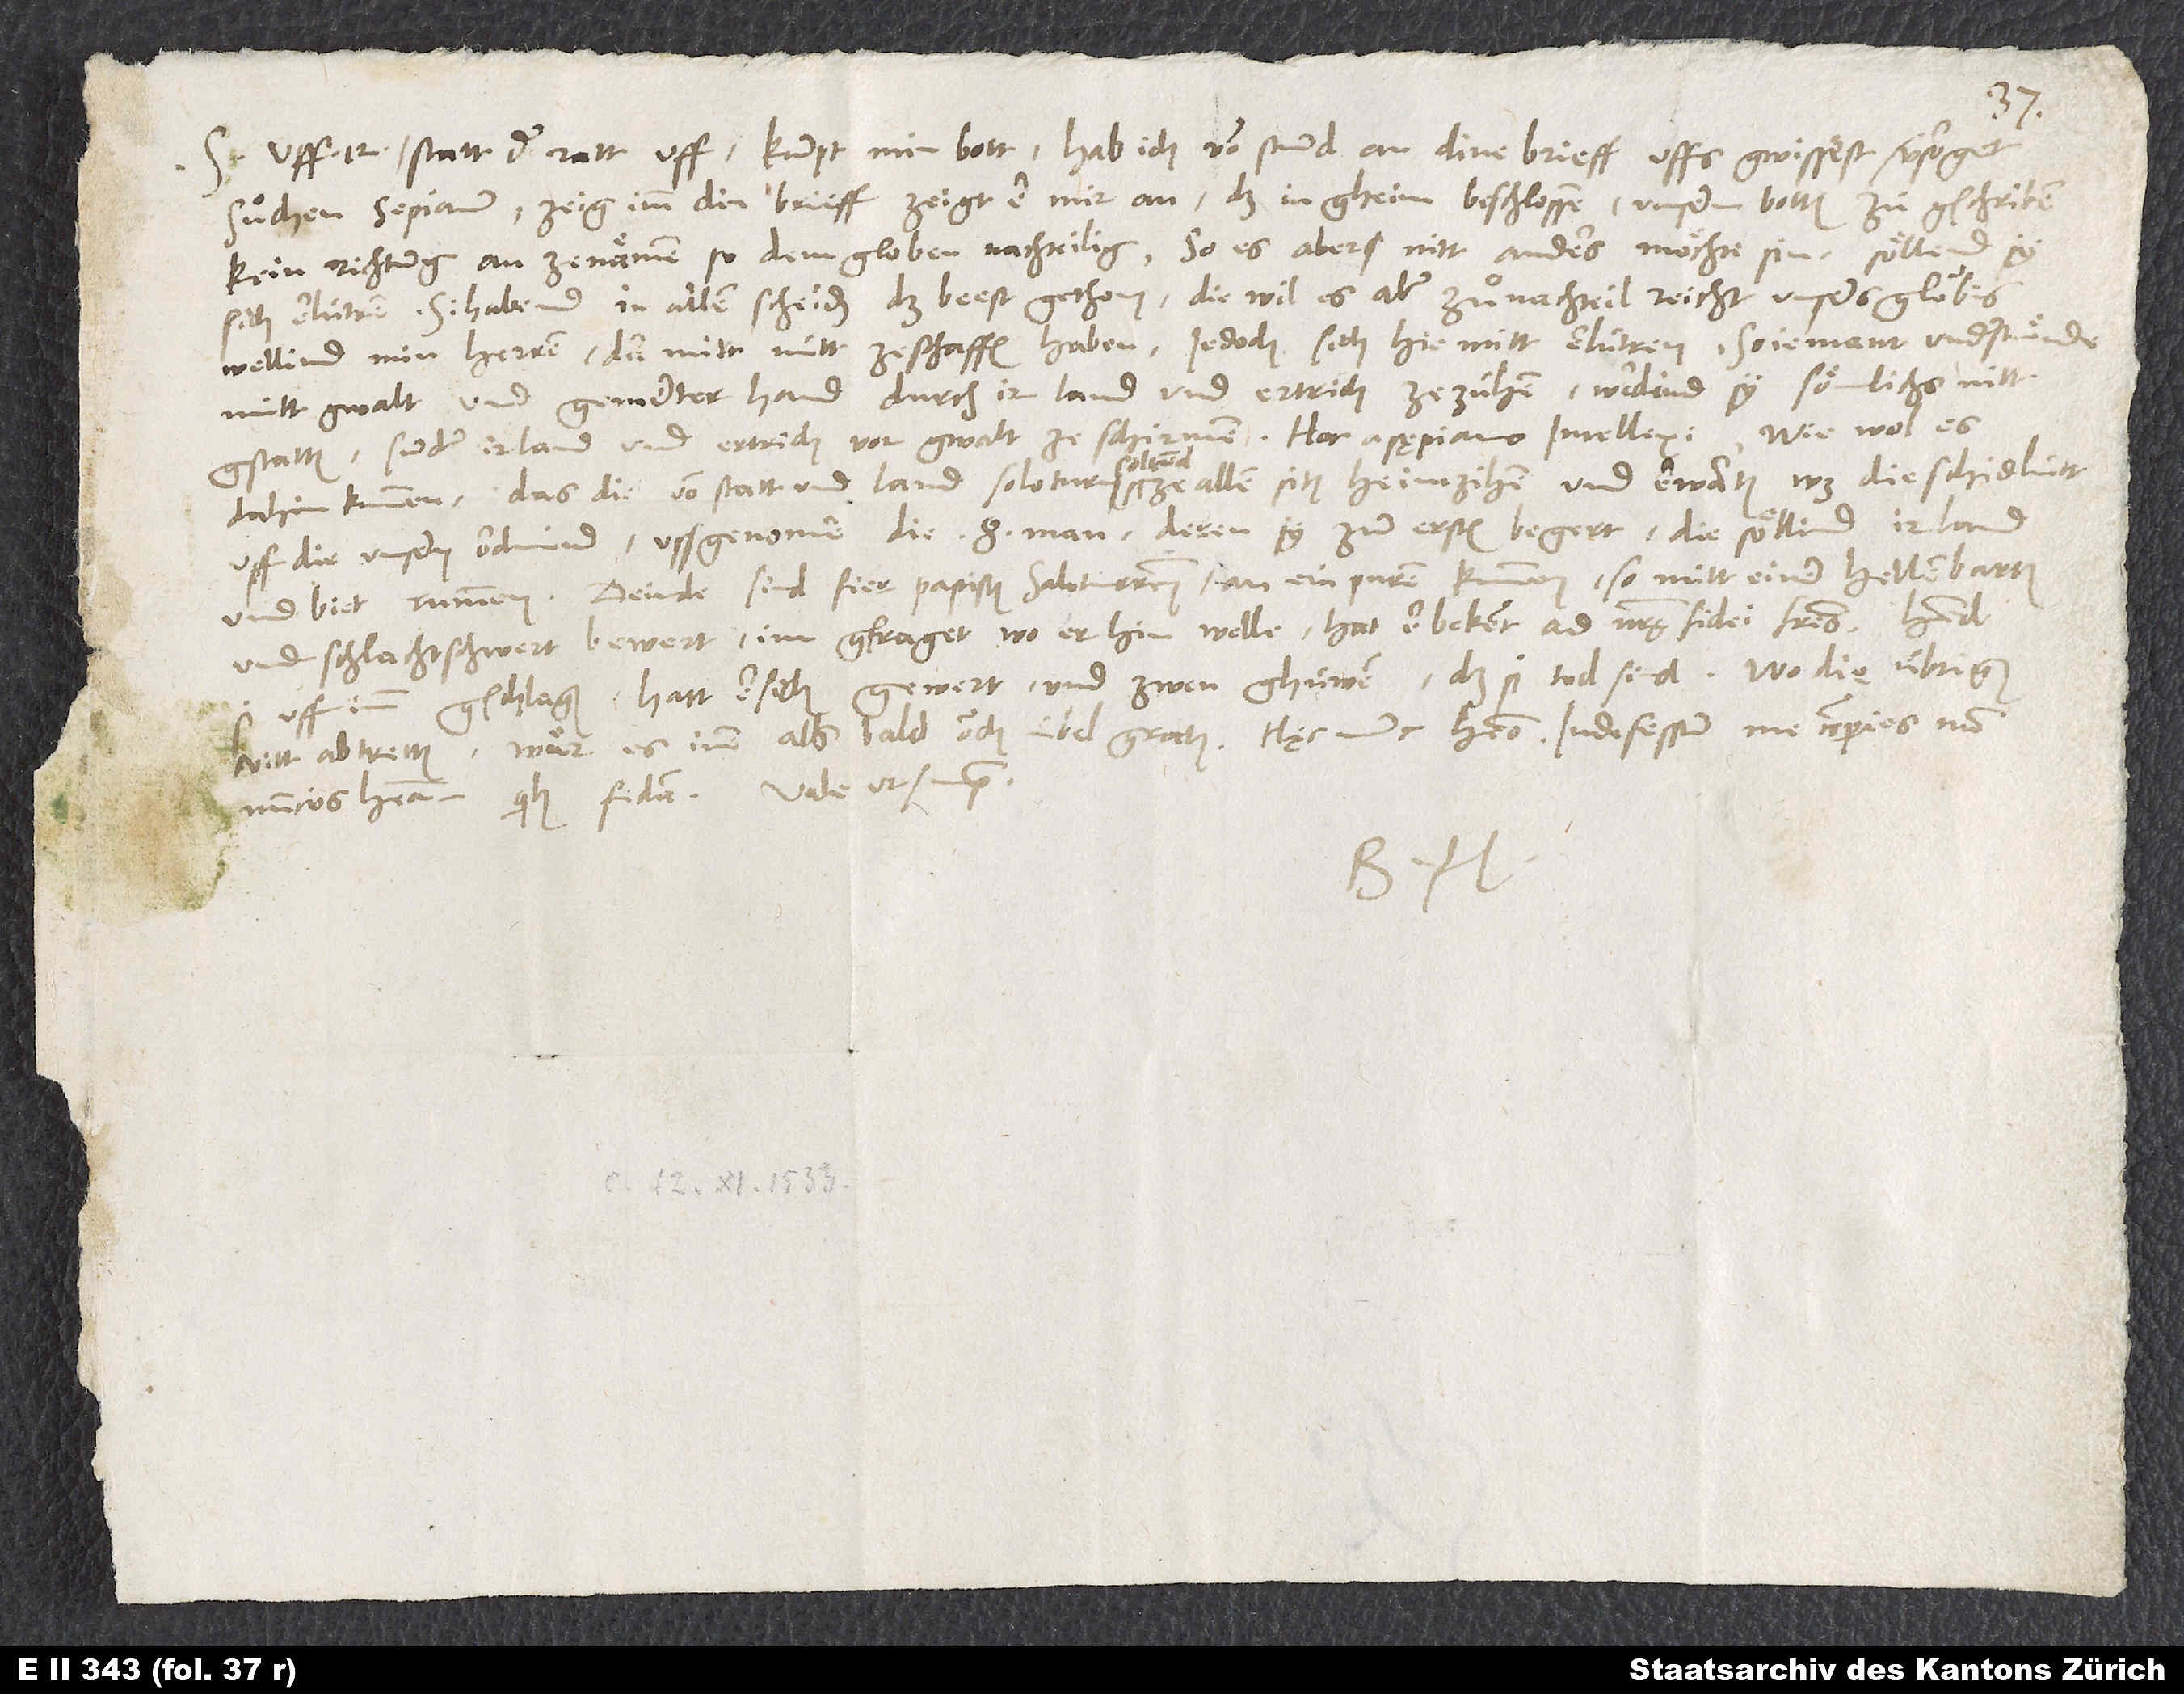
S. Uff 12 statt der ratt uff, kumpt min bott, hab ich von stund an dine brieff uffs gwissest versorget,
suͦchen Sepianum, zeig imm din brieff, zeigt er mir an, daß in gheim beschlossen, unsern botten zuͦ gschriben,
kein richtung anzenämen, so dem globen nachteilig. So es aber nitt anders möchte sin, söllend sy
sich erlütren, si habend in allem scheiden das beest gethon, diewil es aber zuͦ nachteil reicht unsers gloubens,
wellind min herren damitt nütt ze schaffen haben, jedoch sich hiemitt erlütren, so jemant understuͤnde,
mitt gwalt und gewerter hand durch ir land und ertrich ze zühen, werdind sy sömlichs nitt
gstatten, sunder ir land und ertrich vor gwalt ze schirmen. Hoc a Sępiano intellexi. Wie wol es
dahin kummen, das die von stat und land Soloturn soltend ze allen siten heimzihen und erwarten, was die schidlütt
uff die unsern ordnind, ussgenomen die 8 man, deren sy zum ersten begert, die söllind ir land
Deinde sind fier papisten Saloturenses an ein puren kummen, so mitt einer hellenbarten
und schlachtschwert bewert, im gfraget, wo er hin welle. Hat er bekent, ad nostrę fidei fratres. Hend
gschlagen, hatt er sich gewert und zwen ghüwen, daß si tod sind. Wo die übrigen
si uff inn
B.